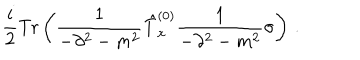
LaTeX: \frac { i } { 2 } \mathrm { T r } \left( \frac { 1 } { - \partial ^ { 2 } - m ^ { 2 } } \hat { T } _ { x } ^ { ( 0 ) } \frac { 1 } { - \partial ^ { 2 } - m ^ { 2 } } \sigma \right) \, .